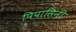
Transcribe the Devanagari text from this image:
पिपासिनी